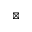
\boxtimes